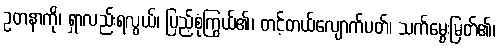
ဥတနာကို၊ ရှာလည်းရလွယ်၊ ပြည့်စုံကြွယ်၏၊ တင့်တယ်လျောက်ပတ်၊ သက်မွေးမြတ်၏၊